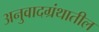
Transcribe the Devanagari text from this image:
अनुवादग्रंथातील